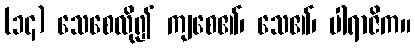
(၁၄) သေစေလို၍ ကျစေ၏၊ သေ၏၊ ပါရာဇိက။